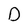
Character: O